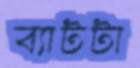
ব্যাটটা